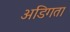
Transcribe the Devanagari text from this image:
अडिगता